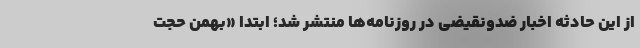
از این حادثه اخبار ضدونقیضی در روزنامه‌ها منتشر شد؛ ابتدا «بهمن حجت